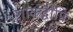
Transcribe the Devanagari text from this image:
शाकद्वीपि